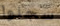
سجلوا